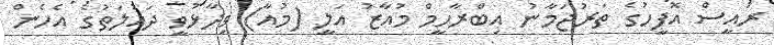
ރައީސް އޮފީހުގެ ތަރުޖަމާނު އިބްރާހީމް މުއާޒު އަލީ (މުއާ) ވިދާޅުވީ ދައުލަތުގެ އެހެން